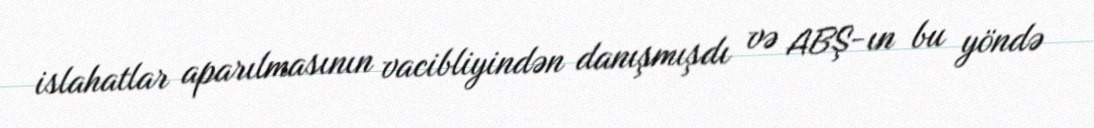
islahatlar aparılmasının vacibliyindən danışmışdı və ABŞ-ın bu yöndə